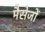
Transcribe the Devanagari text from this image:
मैसेजों